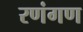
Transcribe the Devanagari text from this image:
रणंगण